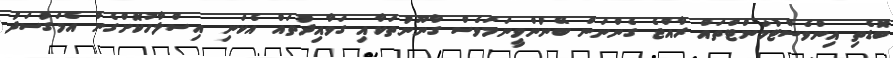
ބޮޑެތި އިންވެސްޓުމަންޓްތައް ރާއްޖެ ގެންނަން ބޭނުންވީނަމަވެސް ގާނޫނުތަކާއި ގަވާއިދުތައް އެކަނި އިސްލާހުކޮށްގެން އެމަގުސަދު